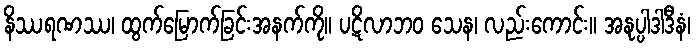
နိဿရဏဿ၊ ထွက်မြောက်ခြင်းအနက်ကို။ ပဋိလာဘဝ သေန၊ လည်းကောင်း။ အနုပ္ပါဒါဒီနံ၊